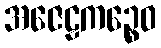
အဇေဠကဉ္စေဝ